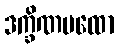
ဒက္ခိဏပထော